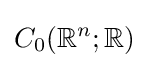
C_{0}(\mathbb {R} ^{n};\mathbb {R} )